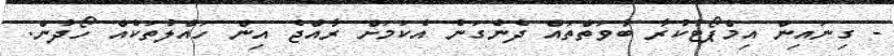
- ގިނައިން އިމްޕޯޓުކުރާ ބާވަތްތައް ދެނެގަނެ އެކަމަށް ރާއްޖެ އިން ހައްލުތަކެއް ހޯދުން.